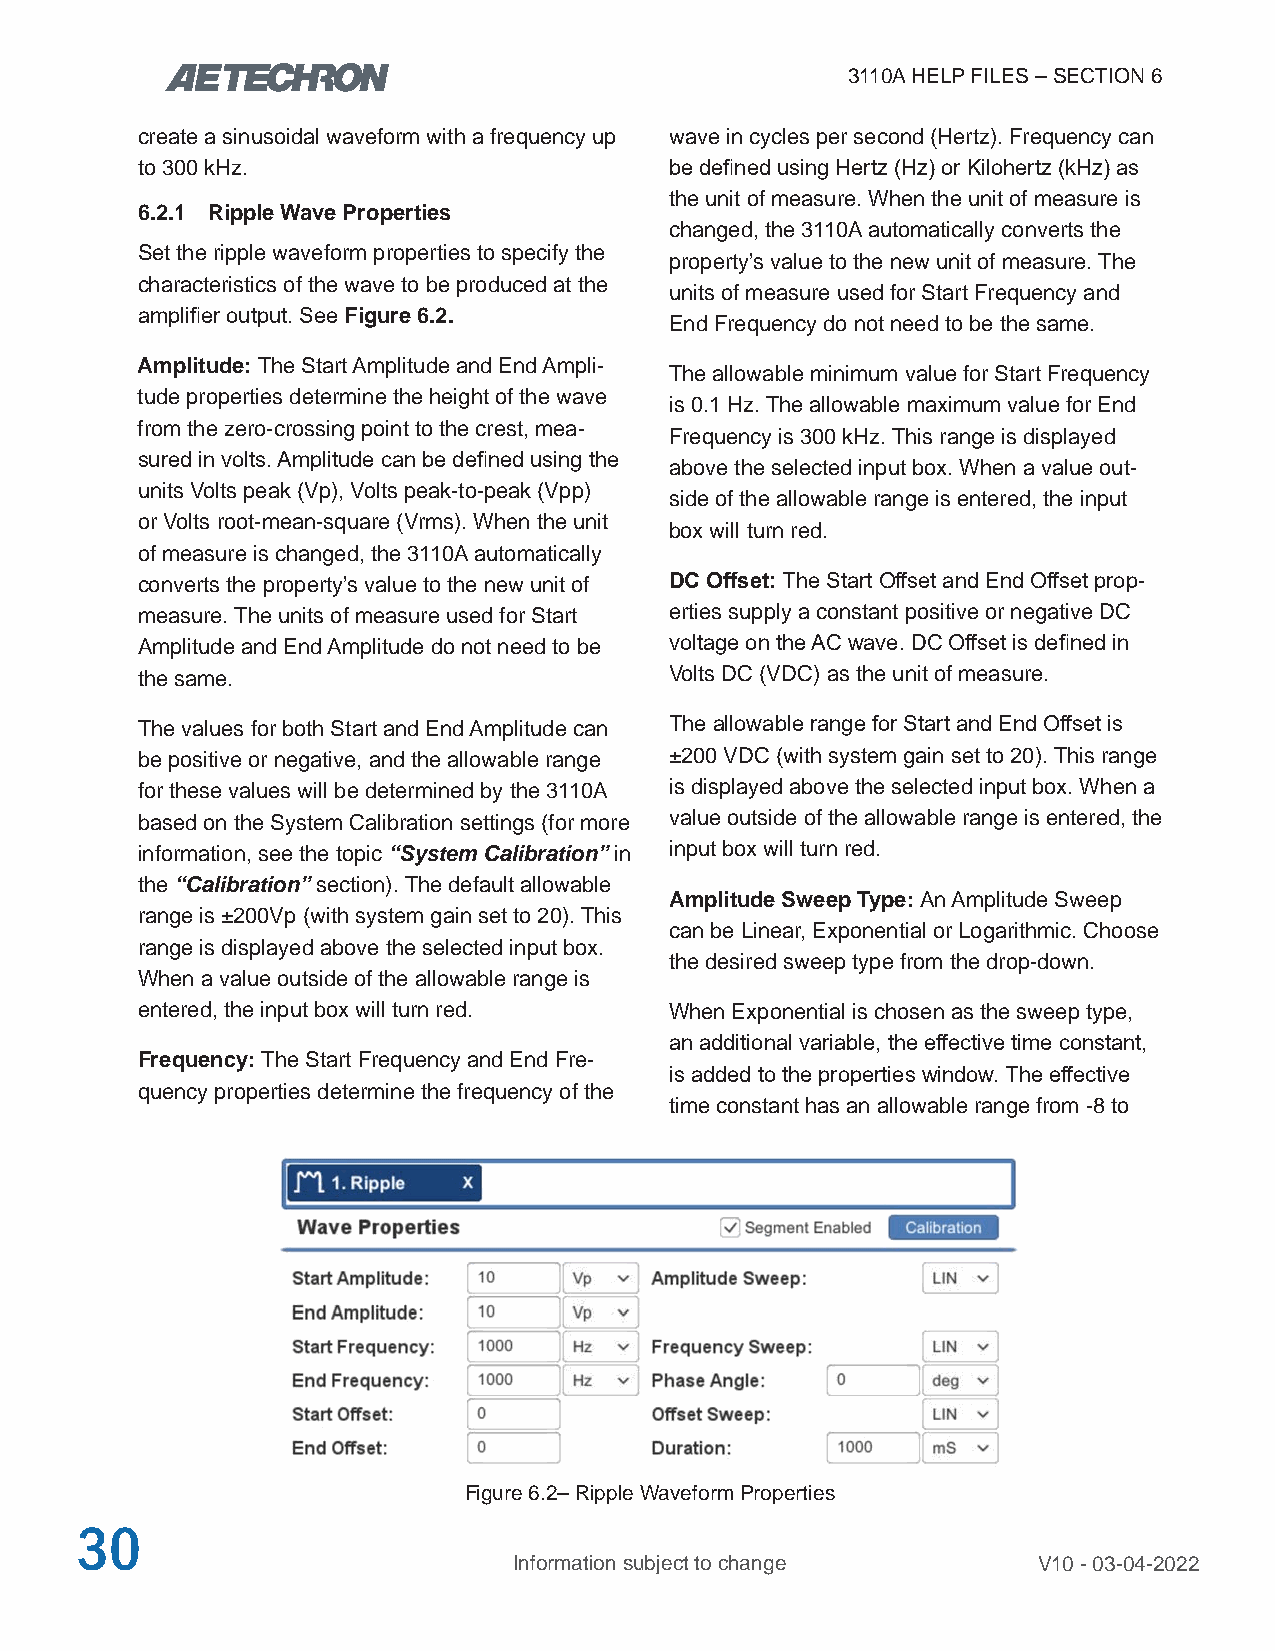
3110A HELP FILES – SECTION 6
 create a sinusoidal waveform with a frequency up wave in cycles per second (Hertz). Frequency can
 to 300 kHz.                        be defined using Hertz (Hz) or Kilohertz (kHz) as
 the unit of measure. When the unit of measure is
 6.2.1 Ripple Wave Properties
 changed, the 3110A automatically converts the
 Set the ripple waveform properties to specify the
 property’s value to the new unit of measure. The
 characteristics of the wave to be produced at the
 units of measure used for Start Frequency and
 amplifier output. See Figure 6.2.
 End Frequency do not need to be the same.
 Amplitude: The Start Amplitude and End Ampli-
 The allowable minimum value for Start Frequency
 tude properties determine the height of the wave
 is 0.1 Hz. The allowable maximum value for End
 from the zero-crossing point to the crest, mea-
 Frequency is 300 kHz. This range is displayed
 sured in volts. Amplitude can be defined using the
 above the selected input box. When a value out-
 units Volts peak (Vp), Volts peak-to-peak (Vpp)
 side of the allowable range is entered, the input
 or Volts root-mean-square (Vrms). When the unit
 box will turn red.
 of measure is changed, the 3110A automatically
 converts the property’s value to the new unit of DC Offset: The Start Offset and End Offset prop-
 measure. The units of measure used for Start erties supply a constant positive or negative DC
 Amplitude and End Amplitude do not need to be voltage on the AC wave. DC Offset is defined in
 the same.                          Volts DC (VDC) as the unit of measure.
 The values for both Start and End Amplitude can The allowable range for Start and End Offset is
 be positive or negative, and the allowable range ±200 VDC (with system gain set to 20). This range
 for these values will be determined by the 3110A is displayed above the selected input box. When a
 based on the System Calibration settings (for more value outside of the allowable range is entered, the
 information, see the topic “System Calibration” in input box will turn red.
 the “Calibration” section). The default allowable
 Amplitude Sweep Type: An Amplitude Sweep
 range is ±200Vp (with system gain set to 20). This
 can be Linear, Exponential or Logarithmic. Choose
 range is displayed above the selected input box.
 the desired sweep type from the drop-down.
 When a value outside of the allowable range is
 entered, the input box will turn red. When Exponential is chosen as the sweep type,
 an additional variable, the effective time constant,
 Frequency: The Start Frequency and End Fre-
 is added to the properties window. The effective
 quency properties determine the frequency of the
 time constant has an allowable range from -8 to
 Figure 6.2– Ripple Waveform Properties
 30
 Information subject to change      V10 - 03-04-2022